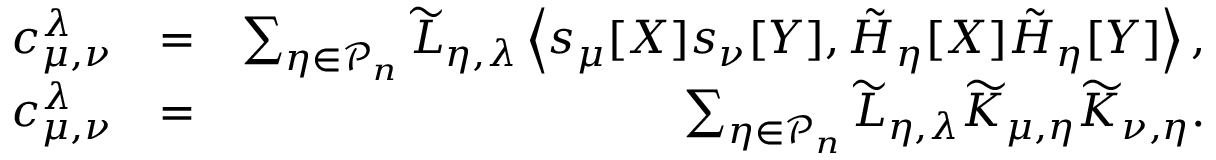
\begin{array} { r l r } { c _ { \mu , \nu } ^ { \lambda } } & { = } & { \sum _ { \eta \in \mathcal { P } _ { n } } \widetilde { L } _ { \eta , \lambda } \left\langle s _ { \mu } [ X ] s _ { \nu } [ Y ] , \tilde { H } _ { \eta } [ X ] \tilde { H } _ { \eta } [ Y ] \right\rangle , } \\ { c _ { \mu , \nu } ^ { \lambda } } & { = } & { \sum _ { \eta \in \mathcal { P } _ { n } } \widetilde { L } _ { \eta , \lambda } \widetilde { K } _ { \mu , \eta } \widetilde { K } _ { \nu , \eta } . } \end{array}